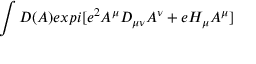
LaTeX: \int { \cal D } ( A ) e x p i [ e ^ { 2 } A ^ { \mu } D _ { \mu \nu } A ^ { \nu } + e H _ { \mu } A ^ { \mu } ]